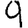
Digit: 9